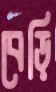
বেড়ি